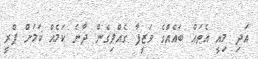
އަދި މިއީ އެތައް ބައެއްގެ ވަޒީފާ ގެއްލިގެން ދާނެ ކަމެއް ކަމަށް ޕްރީ